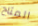
المتاح